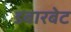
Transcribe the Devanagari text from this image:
डबारबेट